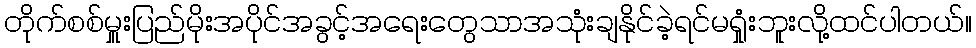
တိုက်စစ်မှူးပြည်မိုးအပိုင်အခွင့်အရေးတွေသာအသုံးချနိုင်ခဲ့ရင်မရှုံးဘူးလို့ထင်ပါတယ်။